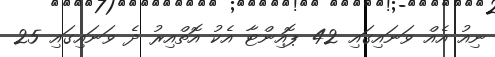
ނިއު އެއް ވަނައިގައި 42 ޕޮއިންޓާ އެކު އޮތްއިރު ދެ ވަނައިގައި 25